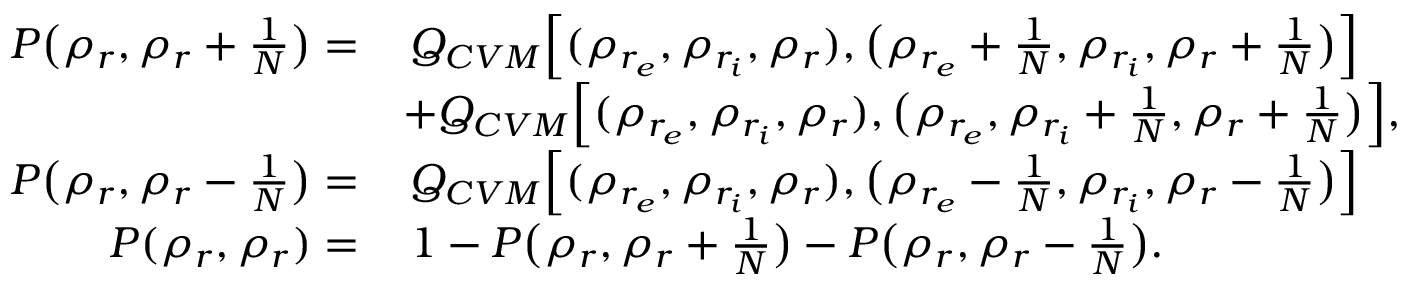
\begin{array} { r l } { P \big ( \rho _ { r } , \rho _ { r } + \frac { 1 } { N } \big ) = } & { \, Q _ { C V M } \Big [ ( \rho _ { r _ { e } } , \rho _ { r _ { i } } , \rho _ { r } ) , \big ( \rho _ { r _ { e } } + \frac { 1 } { N } , \rho _ { r _ { i } } , \rho _ { r } + \frac { 1 } { N } \big ) \Big ] } \\ & { + Q _ { C V M } \Big [ ( \rho _ { r _ { e } } , \rho _ { r _ { i } } , \rho _ { r } ) , \big ( \rho _ { r _ { e } } , \rho _ { r _ { i } } + \frac { 1 } { N } , \rho _ { r } + \frac { 1 } { N } \big ) \Big ] , } \\ { P \big ( \rho _ { r } , \rho _ { r } - \frac { 1 } { N } \big ) = } & { \, Q _ { C V M } \Big [ ( \rho _ { r _ { e } } , \rho _ { r _ { i } } , \rho _ { r } ) , \big ( \rho _ { r _ { e } } - \frac { 1 } { N } , \rho _ { r _ { i } } , \rho _ { r } - \frac { 1 } { N } \big ) \Big ] } \\ { P ( \rho _ { r } , \rho _ { r } ) = } & { \, 1 - P \big ( \rho _ { r } , \rho _ { r } + \frac { 1 } { N } \big ) - P \big ( \rho _ { r } , \rho _ { r } - \frac { 1 } { N } \big ) . } \end{array}